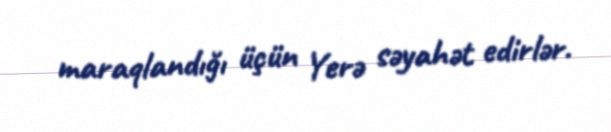
maraqlandığı üçün Yerə səyahət edirlər.